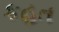
કહત